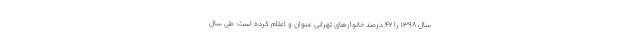
سال ۱۳۹۸ را ۴۲ درصد خانوارهای تهرانی عنوان و اعلام کرده است: طی سال